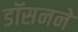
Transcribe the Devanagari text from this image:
डॉसनने